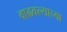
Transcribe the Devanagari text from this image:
वाढवल्याच्या